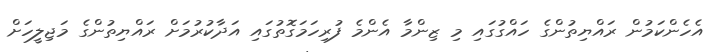
އެހެންކަމުން ރައްޔިތުންގެ ހައްގުގައި މި ޒިންމާ އެންމެ ފުރިހަމަގޮތުގައި އަދާކުރުމަށް ރައްޔިތުންގެ މަޖިލީހަށް